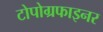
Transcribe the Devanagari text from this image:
टोपोग्रफाइनर